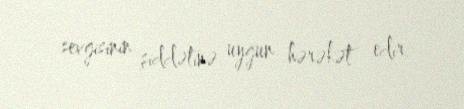
sevgisinin şiddətinə uyğun hərəkət edir.